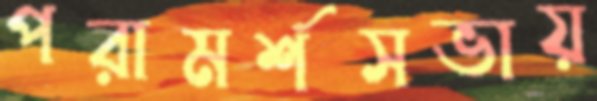
পরামর্শসভায়